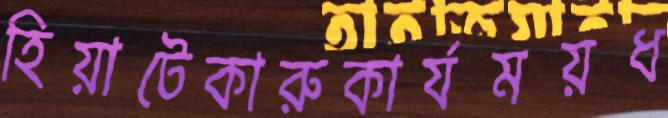
হিয়াটেকারুকার্যময়ধ